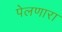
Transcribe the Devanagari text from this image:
पेलणारा